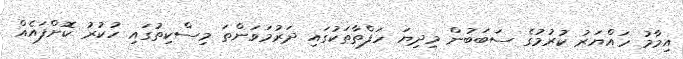
އިމާމު ހައްޔަރު ކުރުމުގެ ސަބަބުން މިދިޔަ ހަފްތާތަކުގައި ދަރުމަވަންތަ މިސްކިތުގައި ހުކުރު ކޮށްފައެއް